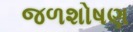
જળશોષણ